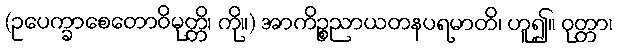
(ဥပေက္ခာစေတောဝိမုတ္တိ၊ ကို။) အာကိဉ္စညာယတနပရမာတိ၊ ဟူ၍။ ဝုတ္တာ၊